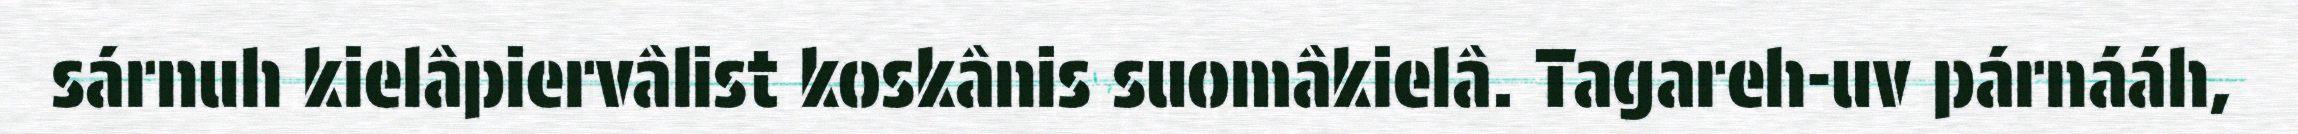
sárnuh kielâpiervâlist koskânis suomâkielâ. Tagareh-uv párnááh,